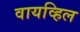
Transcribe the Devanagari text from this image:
वायव्हिल